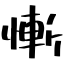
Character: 慚